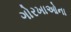
ગોરખાઓના